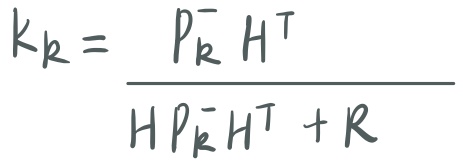
\[
k_{k}=\frac{P_{k}^{-} H^{\top}}{H P_{k}^{-} H^{\top}+R}
\]